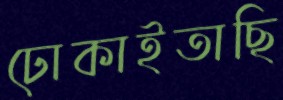
ঢোকাইতাছি